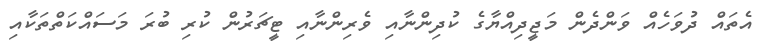
އެތައް ދުވަހެއް ވަންދެން މަޖީދިއްޔާގެ ކުދިންނާއި ވެރިންނާއި ޓީޗަރުން ކުރި ބުރަ މަސައްކަތްތަކާއި